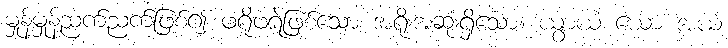
မှုန့်မှုန့်ညက်ညက်ဖြစ်၍ ဖရိုဖရဲဖြစ်သော အရိုးအဆုံးရှိသော။ ယွာယံ ယော အယံ